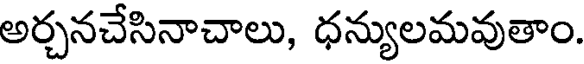
అర్చనచేసినాచాలు, ధన్యులమవుతాం.